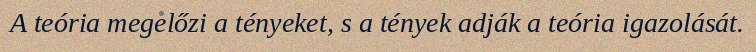
A teória megelőzi a tényeket, s a tények adják a teória igazolását.